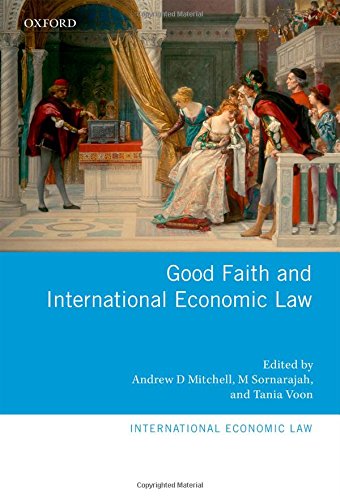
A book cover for Good Faith and International Economic Law (International Economic Law Series); Law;